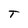
Character: T